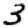
Digit: 3